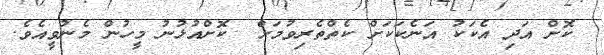
ކޮށް އަދި އެކަކު އަނެކަކަށް ކެތްތެރިވުމަށް  ކޮށްއުޅުނު މީހުން މެނުވީއެވެ.